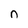
Character: n